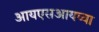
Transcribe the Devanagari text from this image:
आयएसआयच्या